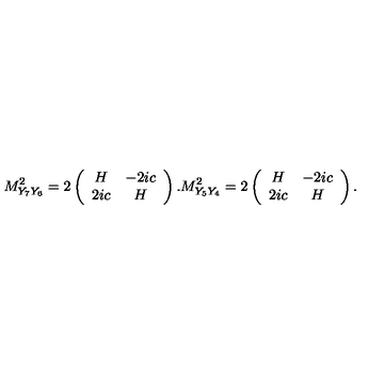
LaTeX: M _ { Y _ { 7 } Y _ { 6 } } ^ { 2 } = 2 \left( \begin{array} { c c } { H } & { - 2 i c } \\ { 2 i c } & { H } \\ \end{array} \right) . M _ { Y _ { 5 } Y _ { 4 } } ^ { 2 } = 2 \left( \begin{array} { c c } { H } & { - 2 i c } \\ { 2 i c } & { H } \\ \end{array} \right) .